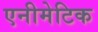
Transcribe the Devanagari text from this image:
एनीमेटिक